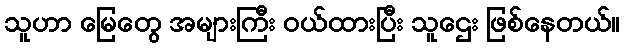
သူဟာ မြေတွေ အများကြီး ဝယ်ထားပြီး သူဌေး ဖြစ်နေတယ်။